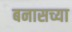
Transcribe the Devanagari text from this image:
बनासच्या